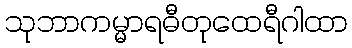
သုဘာကမ္မာရဓီတုထေရီဂါထာ